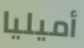
أميليا